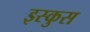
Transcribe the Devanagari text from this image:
इस्कुस